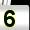
Digit: 5